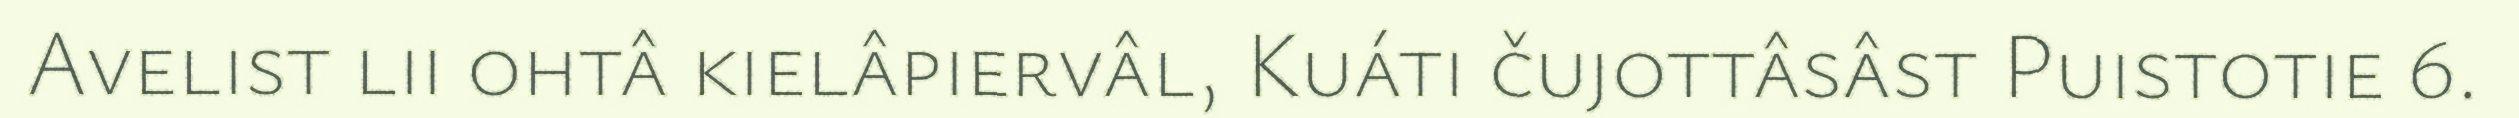
Avelist lii ohtâ kielâpiervâl, Kuáti čujottâsâst Puistotie 6.